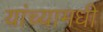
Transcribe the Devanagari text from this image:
यांच्यामधी